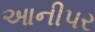
આનીપર